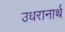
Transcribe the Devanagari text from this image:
उधरानार्थ